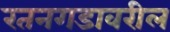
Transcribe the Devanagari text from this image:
रतनगडावरील